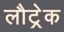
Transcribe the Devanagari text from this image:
लौट्रेक